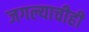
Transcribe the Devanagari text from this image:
जगल्याचीही